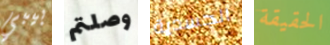
بيبي وصلتم الجسدية الحقيقة